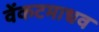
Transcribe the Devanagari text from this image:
वेंकटमाधव